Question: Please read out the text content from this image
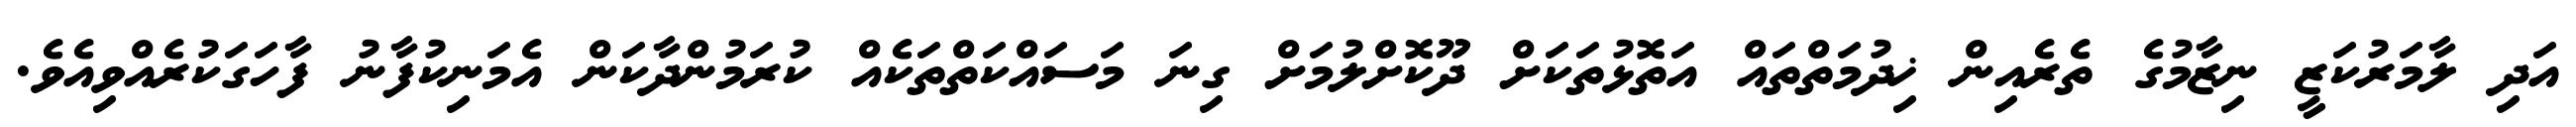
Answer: އަދި ލާމަރުކަޒީ ނިޒާމުގެ ތެރެއިން ޚިދުމަތްތައް އަތޮޅުތަކަށް ދޫކޮށްލުމަށް ގިނަ މަސައްކަތްތަކެއް ކުރަމުންދާކަން އެމަނިކުފާނު ފާހަގަކުރެއްވިއެވެ.